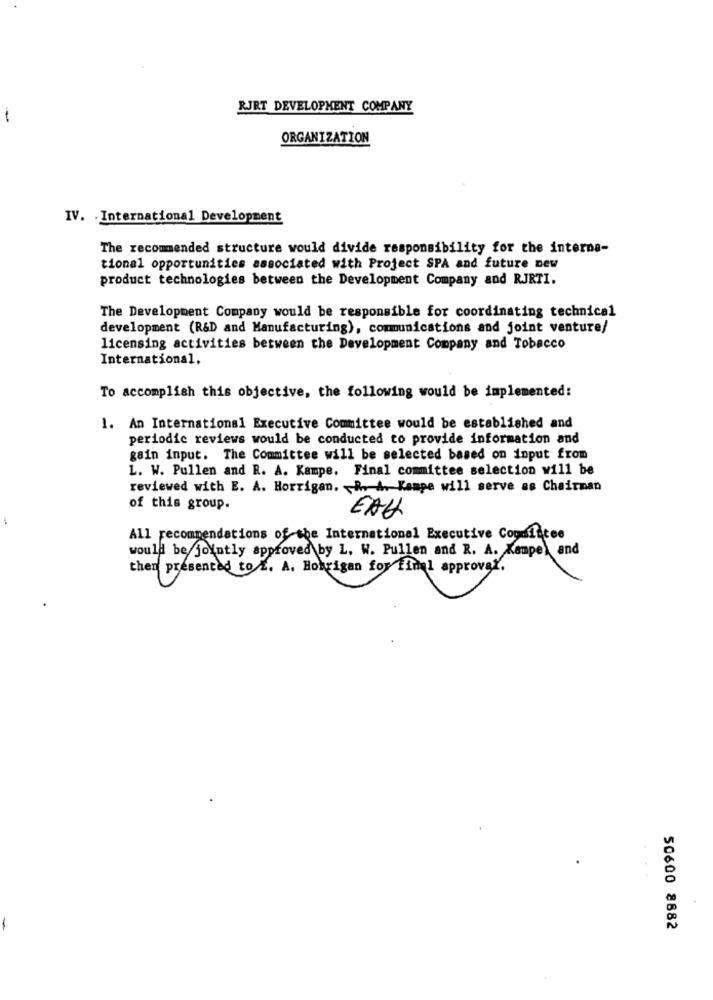
RJRT DEVELOPMENT COMPANY
1
ORGANIZATION
IV. . International Development
The recommended structure would divide responsibility for the interna-
tional opportunities associated with Project SPA and future new
product technologies between the Development Company and RJRTI.
The Development Company would be responsible for coordinating technical
development (R&D and Manufacturing), communications and joint venture/
licensing activities between the Development Company and Tobacco
International.
To accomplish this objective, the following would be implemented:
1. An International Executive Committee would be established and
periodic reviews would be conducted to provide information and
gain input. The Committee will be selected based on input from
L. W. Pullen and R. A. Kampe. Final committee selection will be
reviewed with E. A. Horrigan. R. A. Kampe will serve as Chairman
of this group.
EAU
All recommendations of the International Executive Coudfacee
would be jointly approved by L. W. Pullen and R. A. Kempe) and
then presented to f. A. Hobrigan for final approval.
-
50600 8882